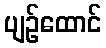
ပျဉ်ထောင်